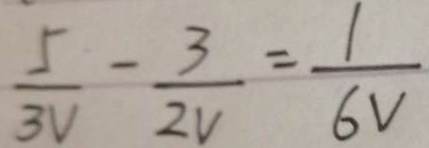
\frac { 5 } { 3 V } - \frac { 3 } { 2 v } = \frac { 1 } { 6 V }